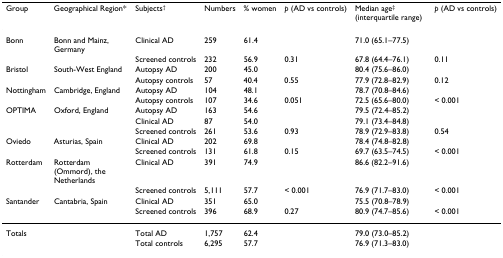
<table><thead><tr><td><b>Group</b></td><td><b>Geographical Region*</b></td><td><b>Subjects<sup>†</sup></b></td><td><b>Numbers</b></td><td><b>% women</b></td><td><b><i>p </i>(AD vs controls)</b></td><td><b>Median age<sup>‡ </sup>(interquartile range)</b></td><td><b><i>p </i>(AD vs controls)</b></td></tr></thead><tbody><tr><td>Bonn</td><td>Bonn and Mainz, Germany</td><td>Clinical AD</td><td>259</td><td>61.4</td><td></td><td>71.0 (65.1–77.5)</td><td></td></tr><tr><td></td><td></td><td>Screened controls</td><td>232</td><td>56.9</td><td>0.31</td><td>67.8 (64.4–76.1)</td><td>0.11</td></tr><tr><td>Bristol</td><td>South-West England</td><td>Autopsy AD</td><td>200</td><td>45.0</td><td></td><td>80.4 (75.6–86.0)</td><td></td></tr><tr><td></td><td></td><td>Autopsy controls</td><td>57</td><td>40.4</td><td>0.55</td><td>77.9 (72.8–82.9)</td><td>0.12</td></tr><tr><td>Nottingham</td><td>Cambridge, England</td><td>Autopsy AD</td><td>104</td><td>48.1</td><td></td><td>78.7 (70.8–84.6)</td><td></td></tr><tr><td></td><td></td><td>Autopsy controls</td><td>107</td><td>34.6</td><td>0.051</td><td>72.5 (65.6–80.0)</td><td>&lt; 0.001</td></tr><tr><td>OPTIMA</td><td>Oxford, England</td><td>Autopsy AD</td><td>163</td><td>54.6</td><td></td><td>79.5 (72.4–85.2)</td><td></td></tr><tr><td></td><td></td><td>Clinical AD</td><td>87</td><td>54.0</td><td></td><td>79.1 (73.4–84.8)</td><td></td></tr><tr><td></td><td></td><td>Screened controls</td><td>261</td><td>53.6</td><td>0.93</td><td>78.9 (72.9–83.8)</td><td>0.54</td></tr><tr><td>Oviedo</td><td>Asturias, Spain</td><td>Clinical AD</td><td>202</td><td>69.8</td><td></td><td>78.4 (74.8–82.8)</td><td></td></tr><tr><td></td><td></td><td>Screened controls</td><td>131</td><td>61.8</td><td>0.15</td><td>69.7 (63.5–74.5)</td><td>&lt; 0.001</td></tr><tr><td>Rotterdam</td><td>Rotterdam (Ommord), the Netherlands</td><td>Clinical AD</td><td>391</td><td>74.9</td><td></td><td>86.6 (82.2–91.6)</td><td></td></tr><tr><td></td><td></td><td>Screened controls</td><td>5,111</td><td>57.7</td><td>&lt; 0.001</td><td>76.9 (71.7–83.0)</td><td>&lt; 0.001</td></tr><tr><td>Santander</td><td>Cantabria, Spain</td><td>Clinical AD</td><td>351</td><td>65.0</td><td></td><td>75.5 (70.8–78.9)</td><td></td></tr><tr><td></td><td></td><td>Screened controls</td><td>396</td><td>68.9</td><td>0.27</td><td>80.9 (74.7–85.6)</td><td>&lt; 0.001</td></tr><tr><td>Totals</td><td></td><td>Total AD</td><td>1,757</td><td>62.4</td><td></td><td>79.0 (73.0–85.2)</td><td></td></tr><tr><td></td><td></td><td>Total controls</td><td>6,295</td><td>57.7</td><td></td><td>76.9 (71.3–83.0)</td><td></td></tr></tbody></table>